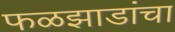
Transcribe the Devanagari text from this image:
फळझाडांचा